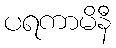
ပရကာမိနီ